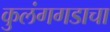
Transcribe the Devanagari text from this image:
कुलंगगडाचा